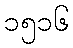
၁၅၁၆